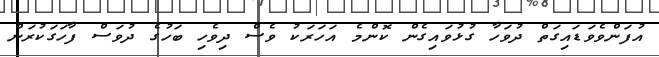
އުފަންވެވަޑައިގަތް ދުވަހާ ގުޅުވައިގެން ކޮންމެ އަހަރަކު ވެސް ދިވެހި ބަހުގެ ދުވަސް ފާހަގަކުރަން